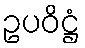
ဥပဝိဋ္ဌံ